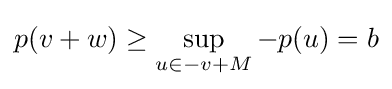
p(v+w)\geq \sup _{u\in -v+M}-p(u)=b